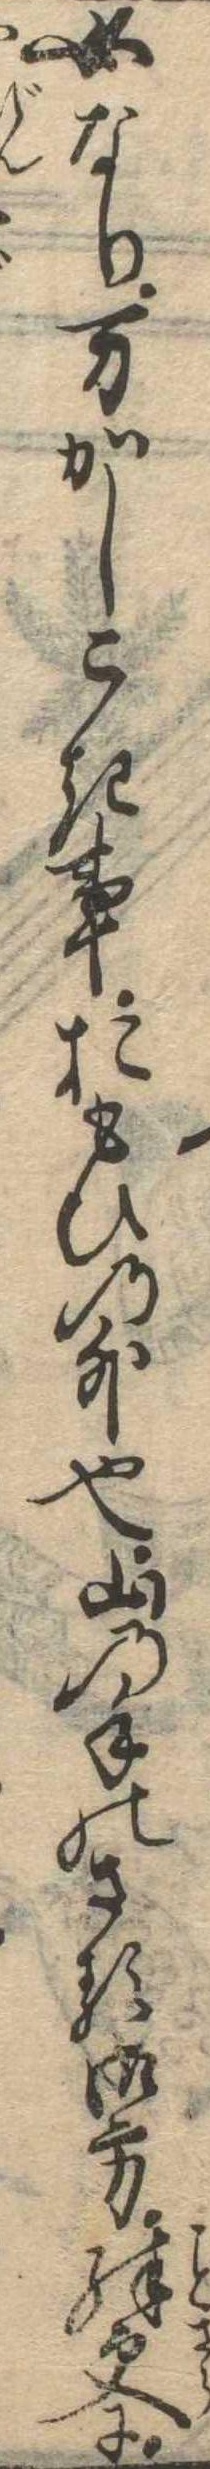
女なり万かしこき事おもひの外也山の手のさる御方殊更に